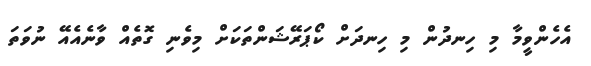
އެހެންވީމާ މި ހިނދުން މި ހިނދަށް ކޯޕަރޭޝަންތަކަށް މިވެނި ގޮތެއް ވާނެއެއޭ ނުވަތަ